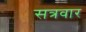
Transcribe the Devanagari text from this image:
सत्रवार